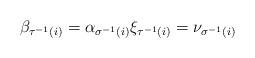
LaTeX: \begin{align*} \beta_{\tau^{-1}(i)} = \alpha_{\sigma^{-1}(i)} \xi_{\tau^{-1}(i)} = \nu_{\sigma^{-1}(i)} \end{align*}